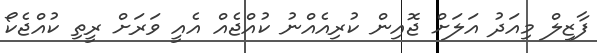
ފާޒިލް މިއަދު އަލަށް ޖޮއިން ކުރިއެއްނު ކުއްޖެއް އެއީ ވަރަށް ރީތި ކުއްޖެކޯ